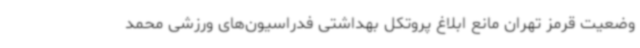
وضعیت قرمز تهران مانع ابلاغ پروتکل بهداشتی فدراسیون‌های ورزشی محمد